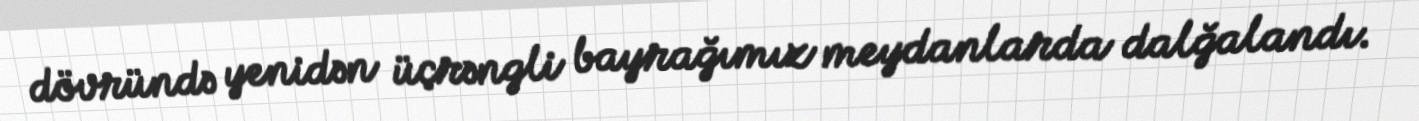
dövründə yenidən üçrəngli bayrağımız meydanlarda dalğalandı.